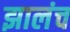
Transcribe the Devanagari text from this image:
झालंच